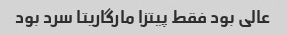
عالی بود فقط پیتزا مارگاریتا سرد بود